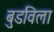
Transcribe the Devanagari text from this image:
बुडविला